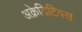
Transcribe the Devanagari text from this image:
अक्रेडिटिवस